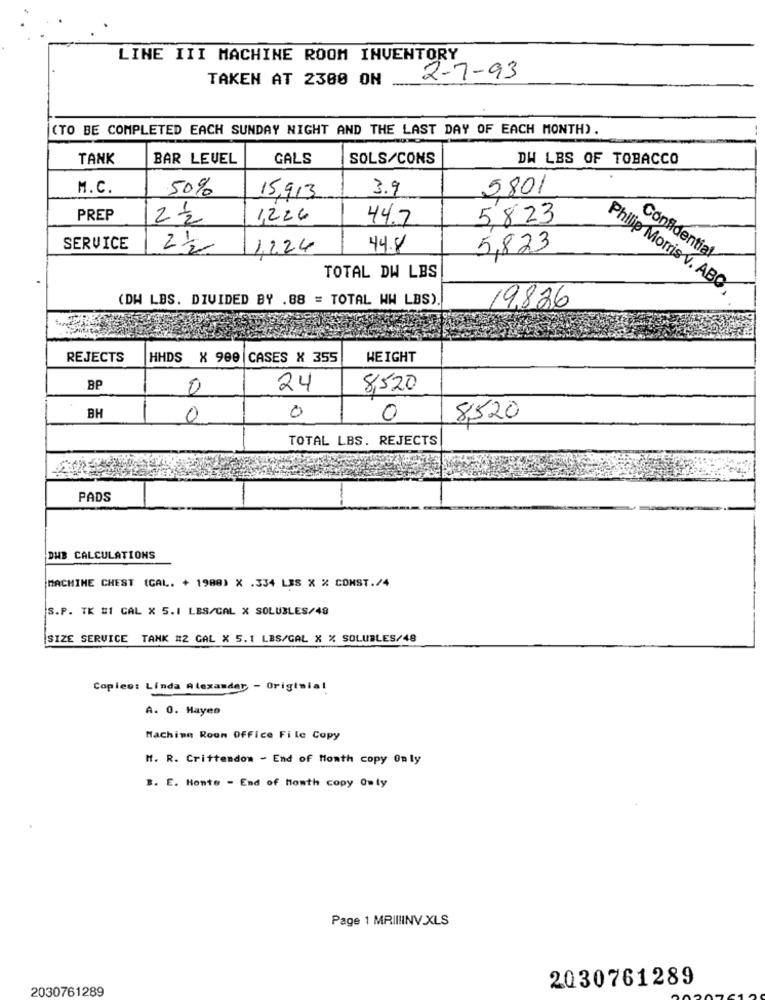
LINE III MACHINE ROOM INVENTORY
TAKEN AT 2300 ON
2-7-93
(TO BE COMPLETED EACH SUNDAY NIGHT AND THE LAST DAY OF EACH MONTH).
TANK
BAR LEVEL
GALS
SOLS/CONS
DW LBS OF TOBACCO
M.C.
50%
3.9
5801
15,913
PREP
2 /2
1,224
44.7
5823
SERVICE
2 1/
1,224
44.8
5,823
Confidential
TOTAL DW LBS
Philip Morris v. ABO
(DW LBS. DIVIDED BY .88 = TOTAL WW LBS).
19,826
REJECTS
HHDS X 909 |CASES X 355
WEIGHT
BP
0
24
8,520
BH
0
0
0
8,520
TOTAL LBS. REJECTS
PADS
DUB CALCULATIONS
MACHINE CHEST (CAL. + 1988) X .334 LES X % CONST./4
S.P. TK #1 CAL X 5.1 LES/CAL X SOLUBLES/48
SIZE SERVICE TANK #2 CAL X 5.1 LBS/GAL X % SOLUBLES/48
Copies: Linda Alexander - Origtsial
A. 0. Hayes
Machine Room Office File Copy
H. R. Crittendom - End of Month copy Only
B. E. Honte - End of Howth copy Owly
Page 1 MRIIIINV.XLS
2030761289
2030761289